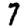
Digit: 7